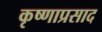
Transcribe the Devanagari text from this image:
कृष्णाप्रसाद